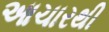
આચારથી